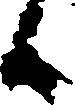
候